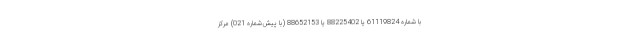
با شماره 61119824 يا 88225402 يا 88652153 (با پیش‌شماره 021) مرکز